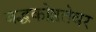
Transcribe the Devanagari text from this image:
बद्धकोष्ठतेवर